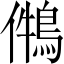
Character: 𪁃